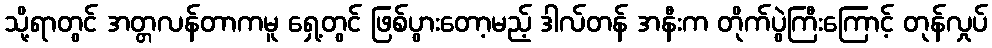
သို့ရာတွင် အတ္တလန်တာကမူ ရှေ့တွင် ဖြစ်ပွားတော့မည့် ဒါလ်တန် အနီးက တိုက်ပွဲကြီးကြောင့် တုန်လှုပ်